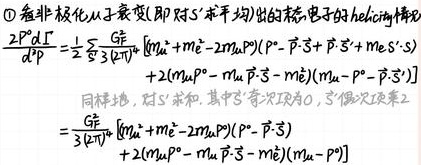
\[
\begin{align*}
\frac{d\Gamma}{d\rho}&=\frac{1}{2}\sum_{S}\frac{G_{F}^{2}}{3(2\pi)^{6}}\left[m_{u}^{*}+m_{e}^{2}-2m_{u}m_{e}\mathbf{P}\cdot(-\mathbf{P}-\vec{S})+\mathbf{P}\cdot\vec{S}+m_{e}\vec{S}\cdot\vec{S}\right]\\
&+2\left(m_{u}\mu_{\mu}-m_{u}\mathbf{P}\cdot\vec{\sigma}-m_{e}^{*}\right)\left(m_{\mu}-\mathbf{P}\cdot\vec{\sigma}\right)\\
&=\frac{G_{F}^{2}}{3(2\pi)^{6}}\left[m_{u}^{*}+m_{e}^{2}-2m_{u}m_{e}\mathbf{P}\cdot(-\mathbf{P}-\vec{S})\right]\\
&+2\left(m_{u}\mu_{\mu}-m_{u}\mathbf{P}\cdot\vec{\sigma}-m_{e}^{*}\right)\left(m_{\mu}-\mathbf{P}\cdot\vec{\sigma}\right)
\end{align*}
\]